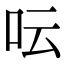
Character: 呍